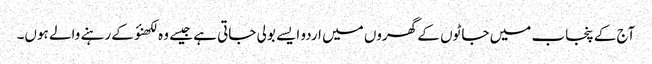
آج کے پنجاب میں جاٹوں کے گھروں میں اردو ایسے بولی جاتی ہے جیسے وہ لکھنؤ کے رہنے والے ہوں۔